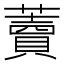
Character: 藚